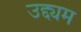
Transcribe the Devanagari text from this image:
उद्द्यम